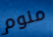
منوم